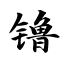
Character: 镥